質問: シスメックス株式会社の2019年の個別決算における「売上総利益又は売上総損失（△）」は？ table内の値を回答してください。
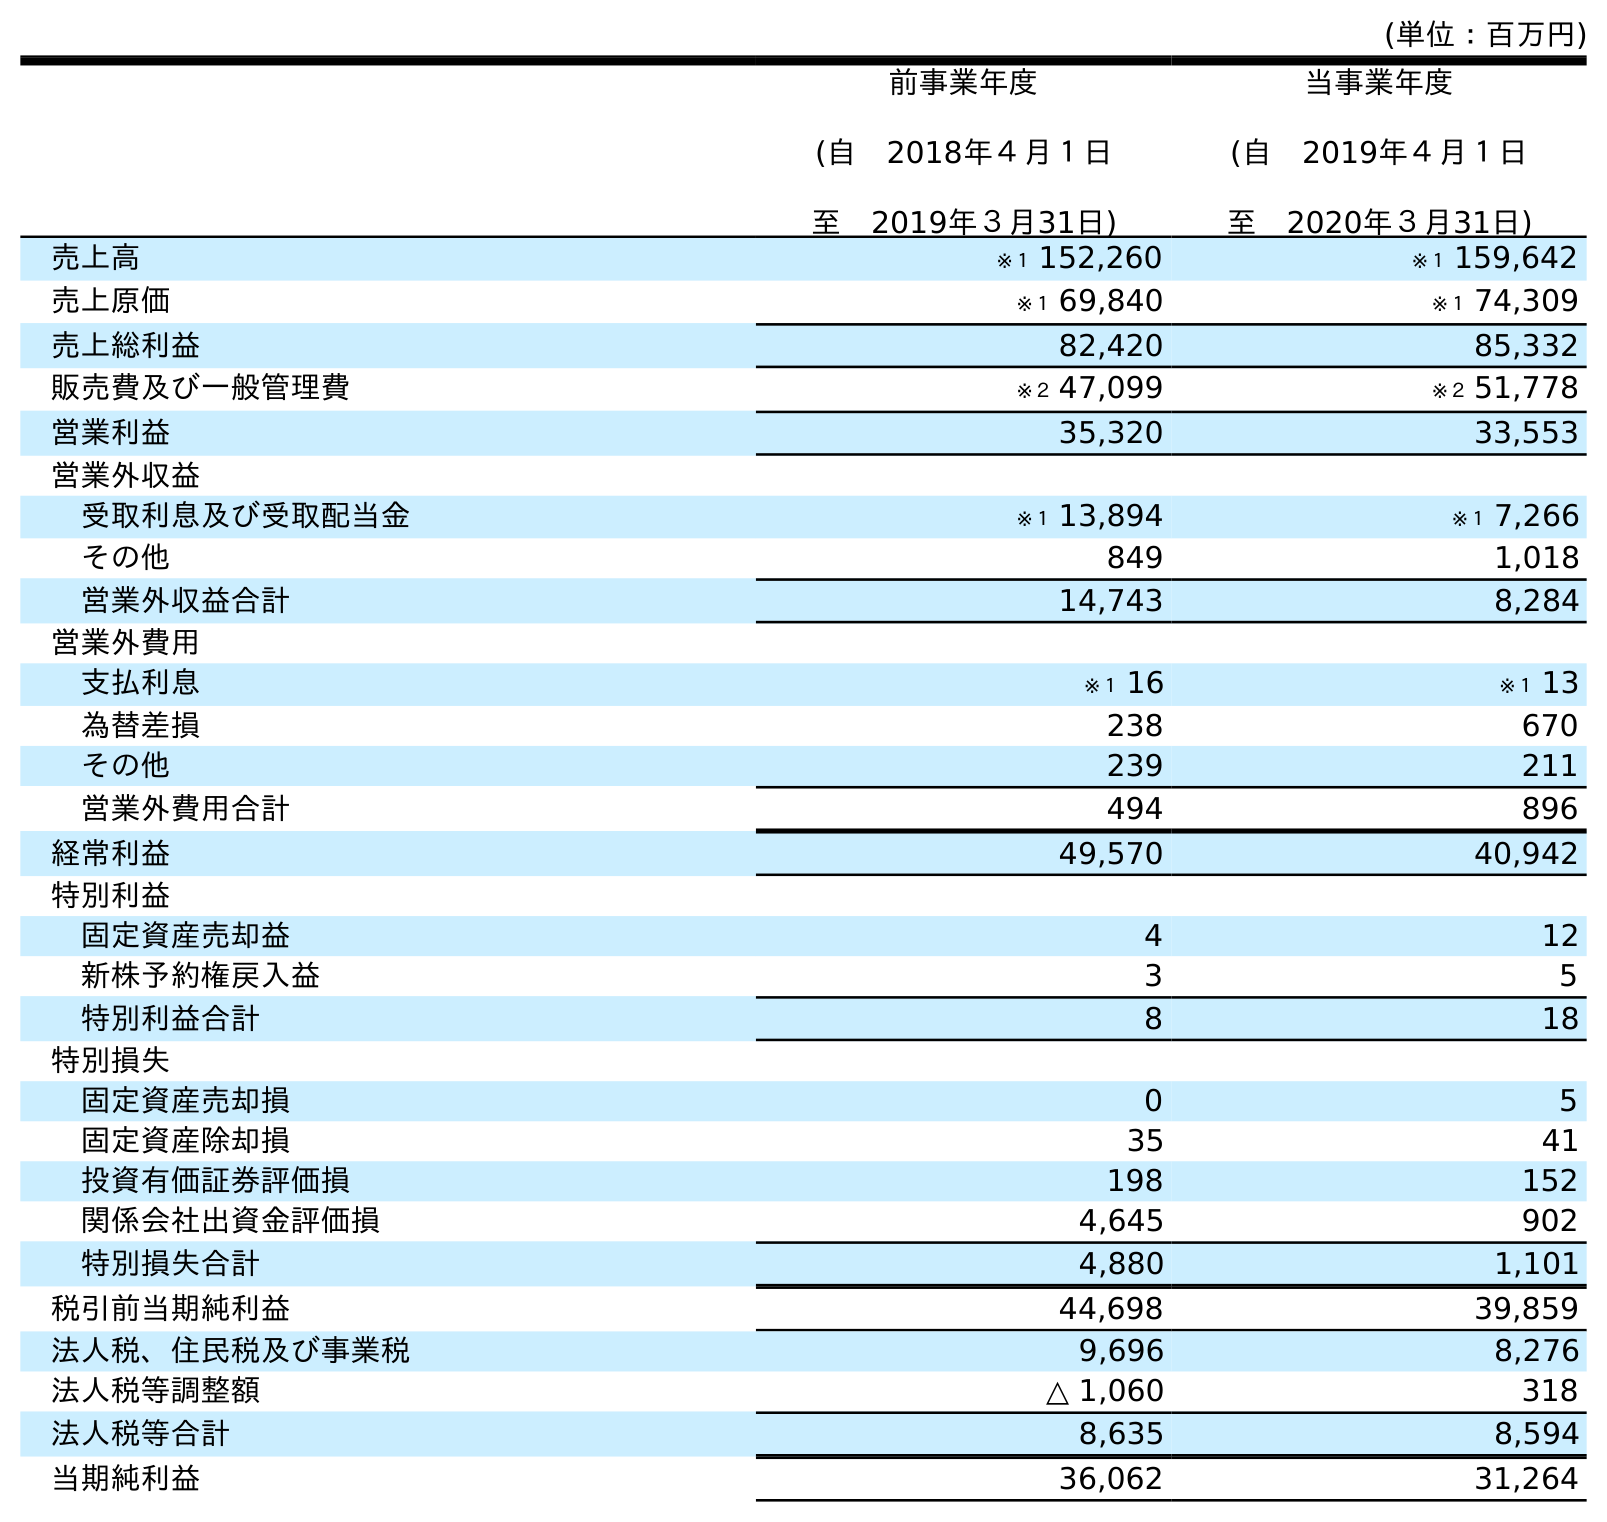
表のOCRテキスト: (単位：百万円) 前事業年度 (自 2018年４月１日 至 2019年３月31日) 当事業年度 (自 2019年４月１日 至 2020年３月31日) 売上高 ※１ 152,260 ※１ 159,642 売上原価 ※１ 69,840 ※１ 74,309 売上総利益 82,420 85,332 販売費及び一般管理費 ※２ 47,099 ※２ 51,778 営業利益 35,320 33,553 営業外収益 受取利息及び受取配当金 ※１ 13,894 ※１ 7,266 その他 849 1,018 営業外収益合計 14,743 8,284 営業外費用 支払利息 ※１ 16 ※１ 13 為替差損 238 670 その他 239 211 営業外費用合計 494 896 経常利益 49,570 40,942 特別利益 固定資産売却益 4 12 新株予約権戻入益 3 5 特別利益合計 8 18 特別損失 固定資産売却損 0 5 固定資産除却損 35 41 投資有価証券評価損 198 152 関係会社出資金評価損 4,645 902 特別損失合計 4,880 1,101 税引前当期純利益 44,698 39,859 法人税、住民税及び事業税 9,696 8,276 法人税等調整額 △ 1,060 318 法人税等合計 8,635 8,594 当期純利益 36,062 31,264
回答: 82,420